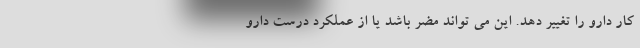
کار دارو را تغییر دهد. این می تواند مضر باشد یا از عملکرد درست دارو